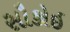
સૌકોઇ